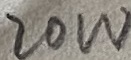
Text: 20W